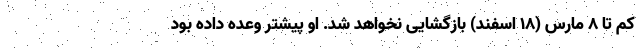
کم تا ۸ مارس (۱۸ اسفند) بازگشایی نخواهد شد. او پیشتر وعده داده بود